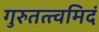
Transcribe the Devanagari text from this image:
गुरुतत्त्वमिदं